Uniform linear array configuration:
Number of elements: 64
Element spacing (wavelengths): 0.75
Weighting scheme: binomial
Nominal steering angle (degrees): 60
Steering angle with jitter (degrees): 60.626
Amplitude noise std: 0.05
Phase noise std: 0.05

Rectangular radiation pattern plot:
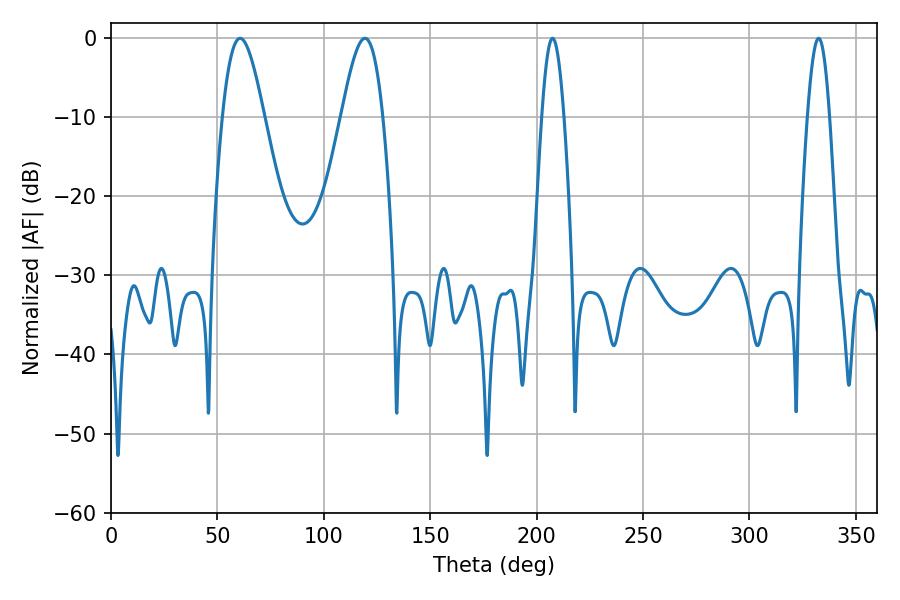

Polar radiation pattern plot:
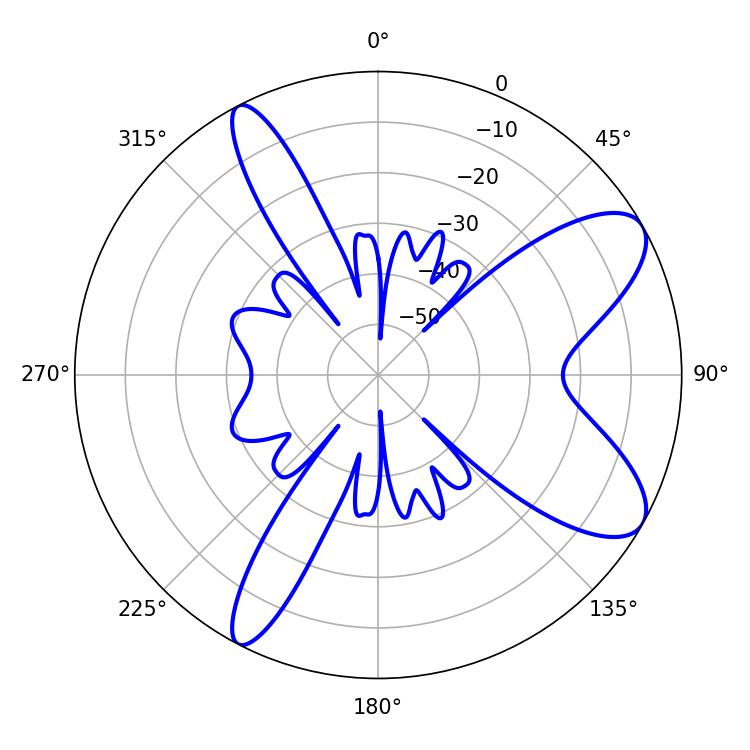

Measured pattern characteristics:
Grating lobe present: TRUE
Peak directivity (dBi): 8.938
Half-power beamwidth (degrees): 10.26
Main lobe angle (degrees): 60.66